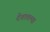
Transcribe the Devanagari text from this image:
देशातल्‍या